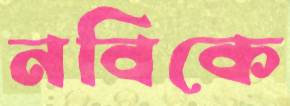
নবিকে